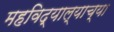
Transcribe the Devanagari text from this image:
महविद्याल्याच्या